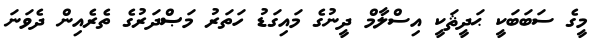
މީގެ ސަބަބަކީ ޙަދީޘަކީ އިސްލާމް ދީނުގެ މައިގަޑު ހަތަރު މަޞްދަރުގެ ތެރެއިން ދެވަނަ